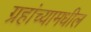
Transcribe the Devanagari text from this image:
ग्रहांच्यामधील